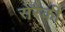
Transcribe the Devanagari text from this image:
सेरैकी